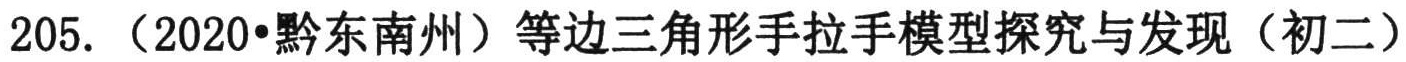
205. （2020•黔东南州）等边三角形手拉手模型探究与发现（初二）